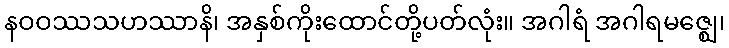
နဝဝဿသဟဿာနိ၊ အနှစ်ကိုးထောင်တို့ပတ်လုံး။ အဂါရံ အဂါရမဇ္ဈေ၊